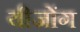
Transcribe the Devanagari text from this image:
यीजोंग